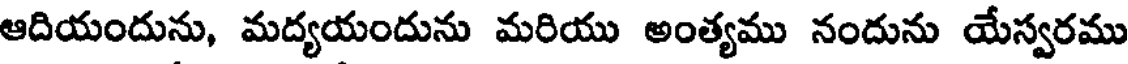
ఆదియందును, మద్యయందును మరియు అంత్యము నందును యేస్వరము